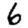
Digit: 6